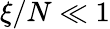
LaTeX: \xi/N\ll 1